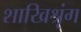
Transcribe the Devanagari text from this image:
शाखिश्रृंग